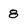
Character: 8